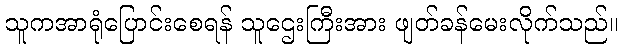
သူကအာရုံပြောင်းစေရန် သူဌေးကြီးအား ဖျတ်ခန်မေးလိုက်သည်။